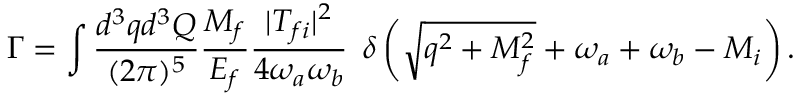
\Gamma = \int \frac { d ^ { 3 } q d ^ { 3 } Q } { ( 2 \pi ) ^ { 5 } } \frac { M _ { f } } { E _ { f } } \frac { | T _ { f i } | ^ { 2 } } { 4 \omega _ { a } \omega _ { b } } \: \: \delta \left( \sqrt { q ^ { 2 } + M _ { f } ^ { 2 } } + \omega _ { a } + \omega _ { b } - M _ { i } \right) .